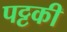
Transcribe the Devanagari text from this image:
पट्टकी